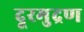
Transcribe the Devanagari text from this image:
दूरमुद्रण